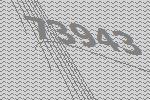
73943